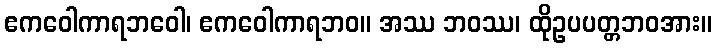
ဧကဝေါကာရဘဝေါ၊ ဧကဝေါကာရဘဝ။ အဿ ဘဝဿ၊ ထိုဥပပတ္တဘဝအား။